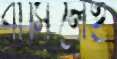
বাসিলেই